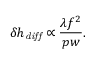
\delta h _ { \mathit { d i f f } } \propto \frac { \lambda f ^ { 2 } } { p w } .